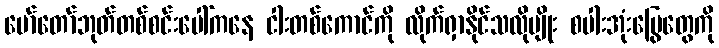
မော်တော်ဘုတ်တစ်စင်းပေါ်ကနေ ငါးတစ်ကောင်ကို လိုက်ရှာနိုင်သလိုမျိုး စပါးအုံးမြွေတွေကို